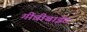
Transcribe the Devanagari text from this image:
गीबीबाईट